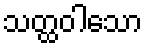
သတ္ထဝါသော